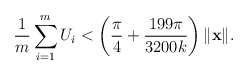
\begin{align*}\frac{1}{m}\sum_{i=1}^m U_i < \left(\frac{\pi}{4}+\frac{199\pi}{3200k}\right)\|\mathbf{x}\| .\end{align*}